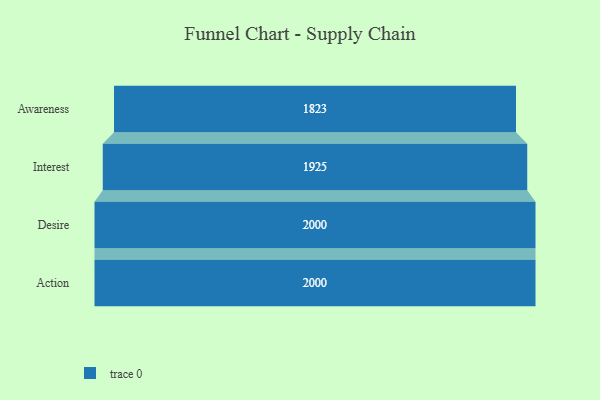
{"axis": {"x": "Stage", "y": "Value"}, "legend": [""], "data": [{"x": "Awareness", "y": 1823.0, "type": ""}, {"x": "Interest", "y": 1925.0, "type": ""}, {"x": "Desire", "y": 2000, "type": ""}, {"x": "Action", "y": 2000, "type": ""}]}